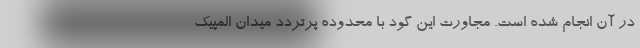
در آن انجام شده است. مجاورت این گود با محدوده پرتردد میدان المپیک